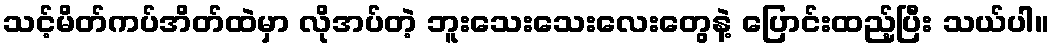
သင့်မိတ်ကပ်အိတ်ထဲမှာ လိုအပ်တဲ့ ဘူးသေးသေးလေးတွေနဲ့ ပြောင်းထည့်ပြီး သယ်ပါ။